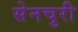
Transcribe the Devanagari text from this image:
सेनचुरी